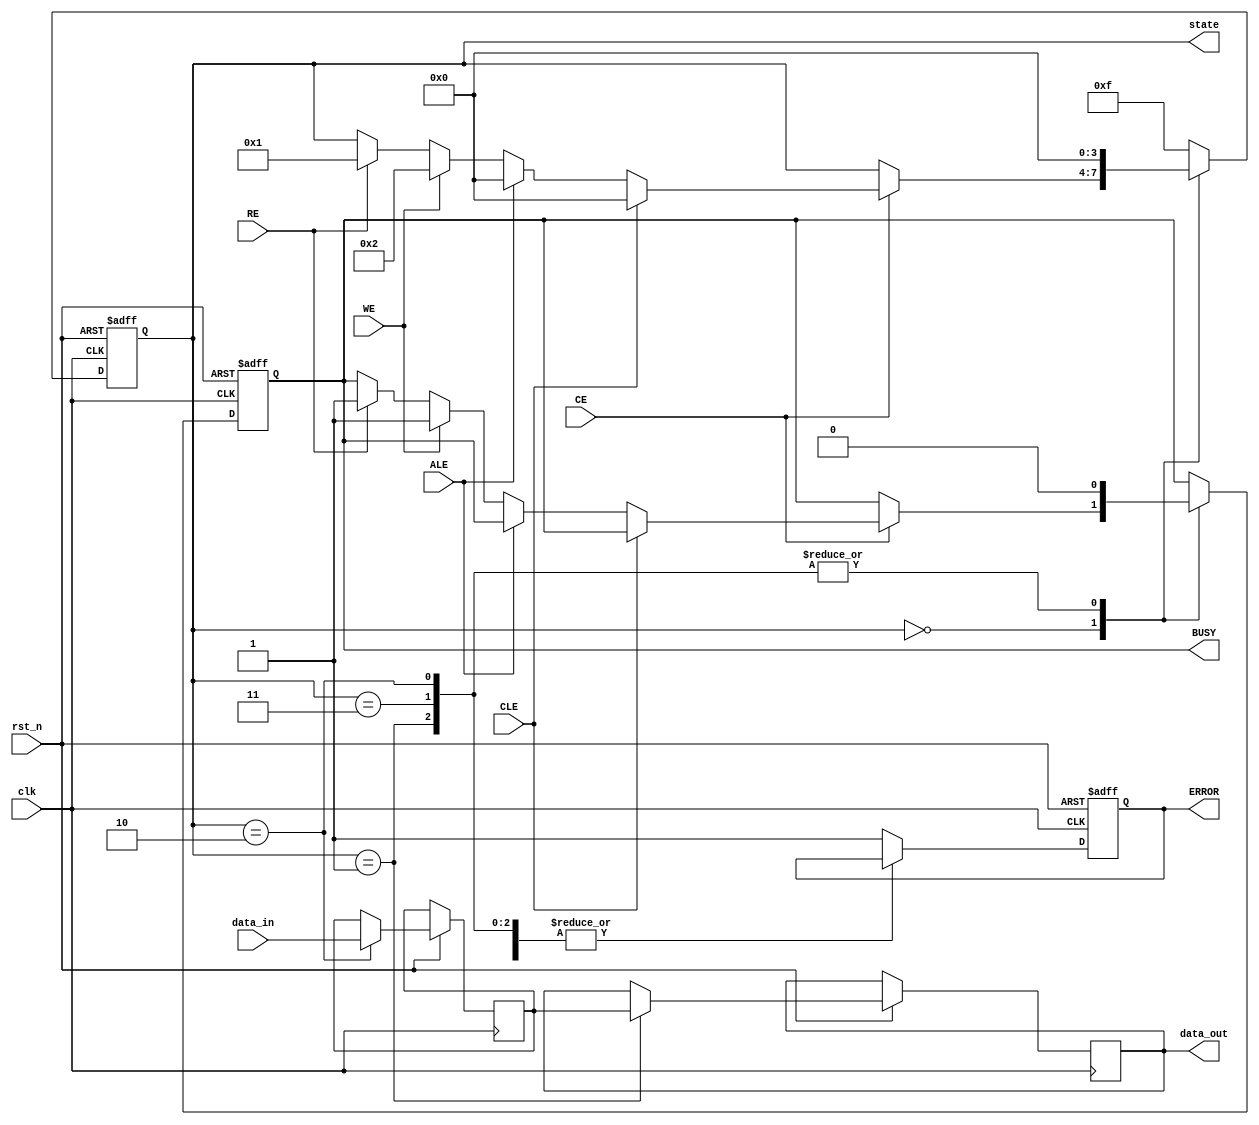
module IO_Block_SLC_NAND (
    input wire clk,                // System clock
    input wire rst_n,              // Active low reset
    input wire [7:0] data_in,      // Data input from external controller
    output reg [7:0] data_out,     // Data output to external controller
    input wire CE,                 // Chip Enable
    input wire WE,                 // Write Enable
    input wire RE,                 // Read Enable
    input wire ALE,                // Address Latch Enable
    input wire CLE,                // Command Latch Enable
    output reg BUSY,               // Busy signal
    output reg ERROR,              // Error signal
    output reg [3:0] state         // Current state
);

    // Define states
    localparam IDLE      = 4'b0000;
    localparam READ      = 4'b0001;
    localparam WRITE     = 4'b0010;
    localparam ERASE     = 4'b0011;
    localparam ERROR_STATE = 4'b1111;

    reg [7:0] internal_data;        // Internal data register
    reg [3:0] command;              // Command register

    // State machine for command processing
    always @(posedge clk or negedge rst_n) begin
        if (!rst_n) begin
            state <= IDLE;
            BUSY <= 1'b0;
            ERROR <= 1'b0;
        end else begin
            case (state)
                IDLE: begin
                    if (CE) begin
                        if (CLE) begin
                            // Latch command
                            command <= data_in;
                            state <= IDLE; // Move to IDLE after command latch
                        end else if (ALE) begin
                            // Latch address (not implemented in this example)
                            state <= IDLE; // Move to IDLE after address latch
                        end else if (WE) begin
                            state <= WRITE;
                            BUSY <= 1'b1;
                        end else if (RE) begin
                            state <= READ;
                            BUSY <= 1'b1;
                        end
                    end
                end
                
                READ: begin
                    // Simulate read operation (data output)
                    data_out <= internal_data; // Assume internal_data has valid data
                    state <= IDLE;
                    BUSY <= 1'b0;
                end
                
                WRITE: begin
                    // Simulate write operation (capture incoming data)
                    internal_data <= data_in; // Store data to internal register
                    state <= IDLE;
                    BUSY <= 1'b0;
                end
                
                ERASE: begin
                    // Erase logic (not fully implemented)
                    // Set ERROR flag if needed
                    state <= IDLE;
                    BUSY <= 1'b0;
                end
                
                default: begin
                    state <= ERROR_STATE; // Handle unexpected states
                    ERROR <= 1'b1;
                end
            endcase
        end
    end

endmodule